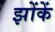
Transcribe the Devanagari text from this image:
झोंकें